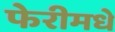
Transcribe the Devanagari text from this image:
फेरीमधे